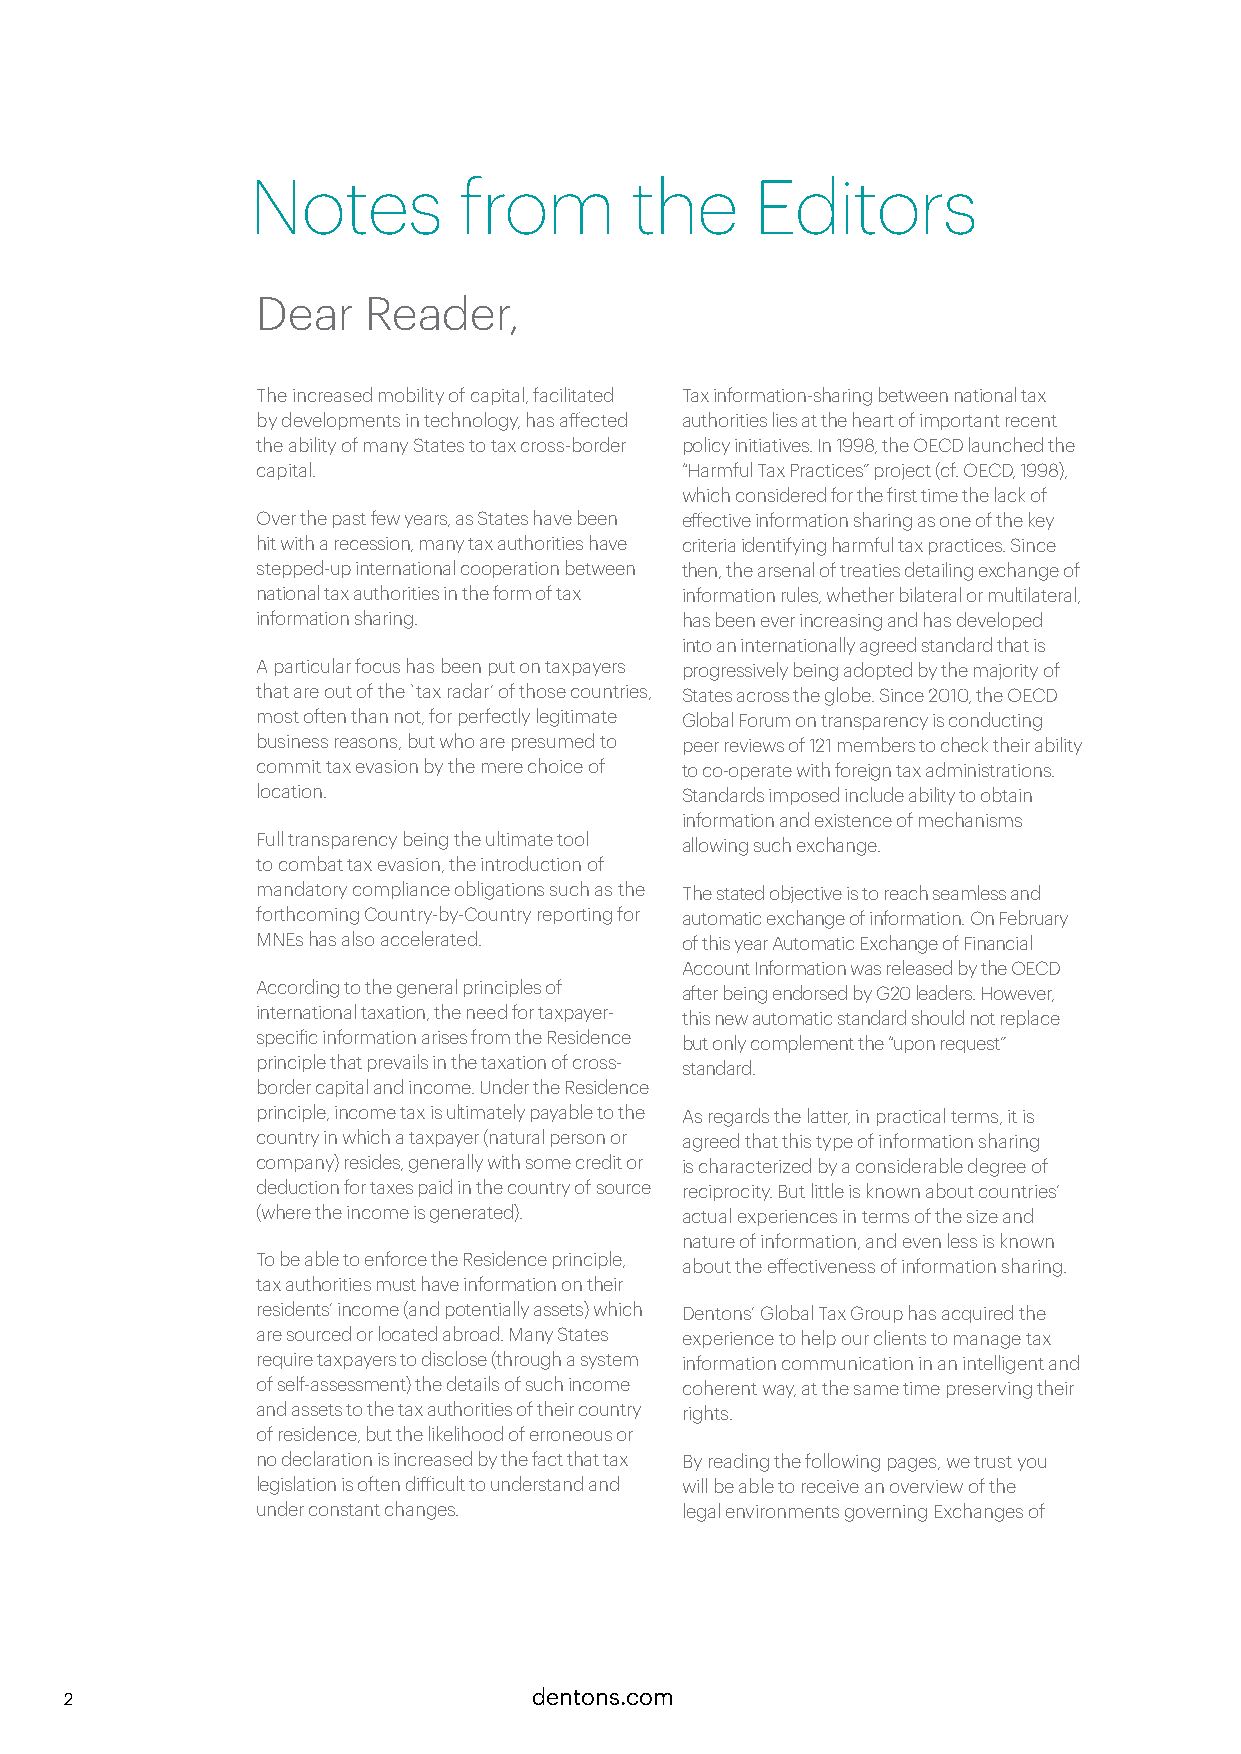
Notes        from        the     Editors
 Dear   Reader,
 The increased mobility of capital, facilitated Tax information-sharing between national tax
 by developments in technology, has affected authorities lies at the heart of important recent
 the ability of many States to tax cross-border policy initiatives. In 1998, the OECD launched the
 capital.                    “Harmful Tax Practices” project (cf. OECD, 1998),
 which considered for the first time the lack of
 Over the past few years, as States have been effective information sharing as one of the key
 hit with a recession, many tax authorities have criteria identifying harmful tax practices. Since
 stepped-up international cooperation between then, the arsenal of treaties detailing exchange of
 national tax authorities in the form of tax information rules, whether bilateral or multilateral,
 information sharing.        has been ever increasing and has developed
 into an internationally agreed standard that is
 A particular focus has been put on taxpayers progressively being adopted by the majority of
 that are out of the `tax radar’ of those countries, States across the globe. Since 2010, the OECD
 most often than not, for perfectly legitimate Global Forum on transparency is conducting
 business reasons, but who are presumed to peer reviews of 121 members to check their ability
 commit tax evasion by the mere choice of to co-operate with foreign tax administrations.
 location.                   Standards imposed include ability to obtain
 information and existence of mechanisms
 Full transparency being the ultimate tool allowing such exchange.
 to combat tax evasion, the introduction of
 mandatory compliance obligations such as the The stated objective is to reach seamless and
 forthcoming Country-by-Country reporting for automatic exchange of information. On February
 MNEs has also accelerated.  of this year Automatic Exchange of Financial
 Account Information was released by the OECD
 According to the general principles of after being endorsed by G20 leaders. However,
 international taxation, the need for taxpayer- this new automatic standard should not replace
 specific information arises from the Residence but only complement the “upon request”
 principle that prevails in the taxation of cross- standard.
 border capital and income. Under the Residence
 principle, income tax is ultimately payable to the As regards the latter, in practical terms, it is
 country in which a taxpayer (natural person or agreed that this type of information sharing
 company) resides, generally with some credit or is characterized by a considerable degree of
 deduction for taxes paid in the country of source reciprocity. But little is known about countries’
 (where the income is generated). actual experiences in terms of the size and
 nature of information, and even less is known
 To be able to enforce the Residence principle, about the effectiveness of information sharing.
 tax authorities must have information on their
 residents’ income (and potentially assets) which Dentons’ Global Tax Group has acquired the
 are sourced or located abroad. Many States experience to help our clients to manage tax
 require taxpayers to disclose (through a system information communication in an intelligent and
 of self-assessment) the details of such income coherent way, at the same time preserving their
 and assets to the tax authorities of their country rights.
 of residence, but the likelihood of erroneous or
 no declaration is increased by the fact that tax By reading the following pages, we trust you
 legislation is often difficult to understand and will be able to receive an overview of the
 under constant changes.     legal environments governing Exchanges of
 2                              dentons.com